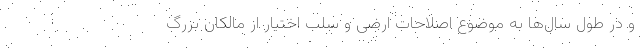
و در طول سال‌ها به موضوع اصلاحات ارضی و سلب اختیار از مالکان بزرگ